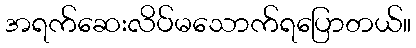
အရက်ဆေးလိပ်မသောက်ရပြောတယ်။